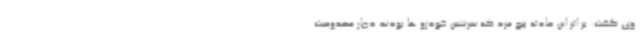
وی گفت: بر اثر این حادثه پنج مرد که سرنشین خودرو ها بودند دچار مصدومیت